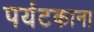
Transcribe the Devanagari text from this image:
पर्यटकाना